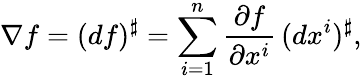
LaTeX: \nabla f=(df)^{\sharp}=\sum_{i=1}^{n}{\frac{\partial f}{\partial x^{i}}}\, (dx^{i})^{\sharp},